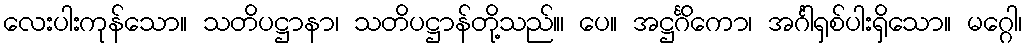
လေးပါးကုန်သော။ သတိပဋ္ဌာနာ၊ သတိပဋ္ဌာန်တို့သည်။၊ ပေ။ အဋ္ဌင်္ဂိကော၊ အင်္ဂါရှစ်ပါးရှိသော။ မဂ္ဂေါ၊